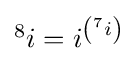
{\textstyle {}^{8}i=i^{\left({}^{7}i\right)}}